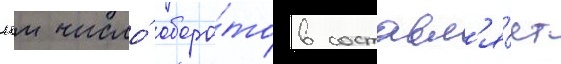
нм число́ оборо́тов составл'я́ет